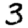
Digit: 3